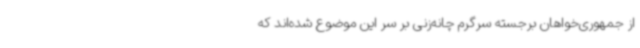
از جمهوری‌خواهان برجسته سرگرم چانه‌زنی بر سر این موضوع شده‌اند که